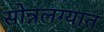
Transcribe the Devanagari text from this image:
सोन्नलग्यात